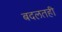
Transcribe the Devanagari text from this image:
बदलतही